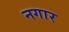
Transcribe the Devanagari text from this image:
नगार